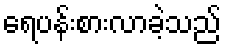
ရေပန်းစားလာခဲ့သည်